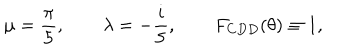
\mu = \frac { \pi } { 5 } , \qquad \lambda = - \frac { i } { 5 } , \qquad F _ { C D D } ( \theta ) \equiv 1 ,